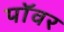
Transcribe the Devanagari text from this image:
पाॅवर